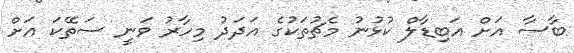
ބާސާ އަށް އަބިޑާލް ކުޅުނު މެޗުތަކުގެ އަދަދު މިހާރު ވަނީ ސަތޭކަ އަށް